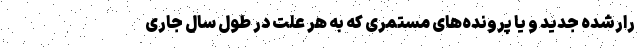
رارشده جدید و یا پرونده‌های مستمری که به هر علت در طول سال‌ جاری